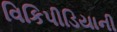
વિકિપીડિયાની